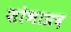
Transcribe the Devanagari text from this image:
शोभाप्रद